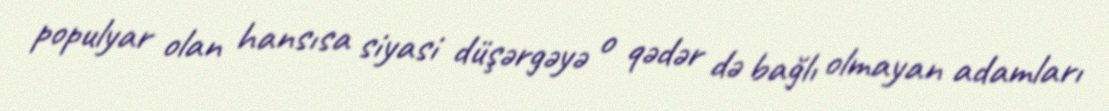
populyar olan hansısa siyasi düşərgəyə o qədər də bağlı olmayan adamları